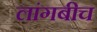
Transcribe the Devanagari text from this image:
लांगबीच